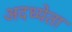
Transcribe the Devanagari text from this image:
अदध्येता